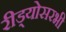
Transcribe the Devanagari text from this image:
रीड्योसरभी